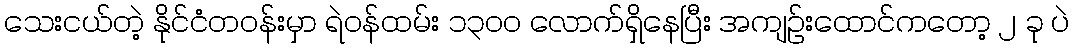
သေးငယ်တဲ့ နိုင်ငံတဝန်းမှာ ရဲဝန်ထမ်း ၁၃၀၀ လောက်ရှိနေပြီး အကျဉ်းထောင်ကတော့ ၂ ခု ပဲ